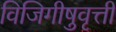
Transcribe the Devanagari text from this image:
विजिगीषुवृत्ती